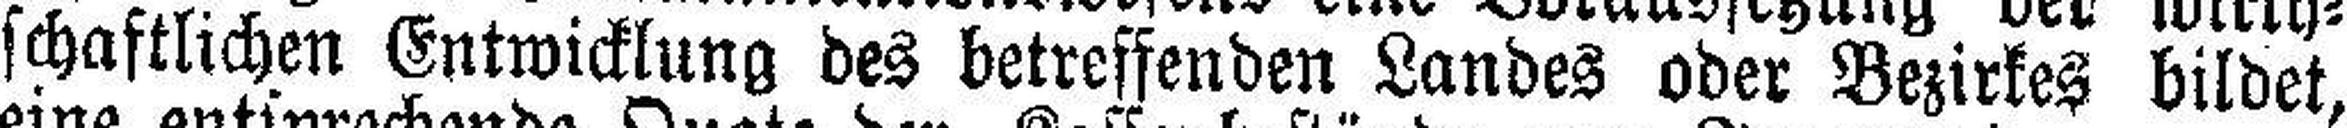
schaftlichen Entwicklung des betreffenden Landes oder Bezirkes bildet,